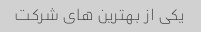
یکی از بهترین های شرکت